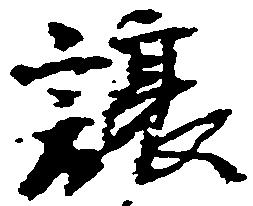
譲